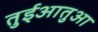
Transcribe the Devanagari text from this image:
तुईआतुआ